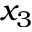
x _ { 3 }